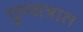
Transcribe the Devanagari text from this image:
पुण्यत्रात